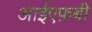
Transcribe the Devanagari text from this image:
आईएफ़बी